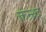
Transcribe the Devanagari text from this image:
क्तन्र्थ्र्द